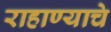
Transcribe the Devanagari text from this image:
राहाण्याचे